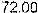
72.00